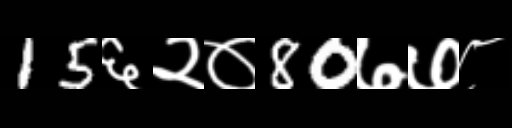
Text: 15६२०80७७८